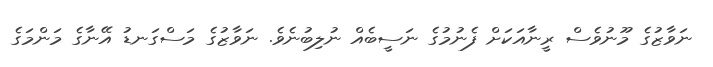
ނަވާޒުގެ މޫނުވެސް ރީނާއަކަށް ފެނުމުގެ ނަސީބެއް ނުލިބުނެވެ. ނަވާޒުގެ މަސްގަނޑު އޭނާގެ މަންމަގެ